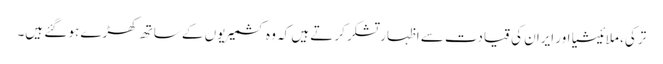
ترکی، ملائیشیا اور ایران کی قیادت سے اظہار تشکر کرتے ہیں کہ وہ کشمیریوں کے ساتھ کھڑے ہو گئے ہیں۔